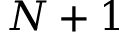
N + 1